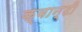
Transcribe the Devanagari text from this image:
क्वान्टी